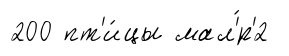
200 пт'и́цы мал'́р'2